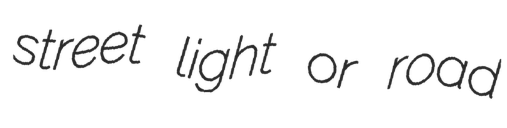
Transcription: street light or road